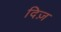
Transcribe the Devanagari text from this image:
दिज़